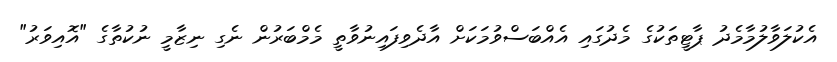
އެކުލަވާލުމާމެދު ޕާޓީތަކުގެ މެދުގައި އެއްބަސްވުމަކަށް އާދެވިފައިނުވާތީ މެމްބަރުން ނެގި ނިޒާމީ ނުކުތާގެ "އޮއިވަރު"